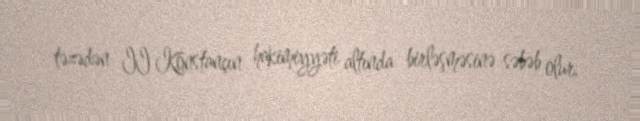
təzədən II Konstançın hakimiyyəti altında birləşməsinə səbəb olur.